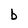
Character: b